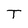
Character: T